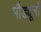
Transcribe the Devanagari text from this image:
मौड्यूलों